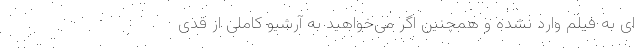
ای به فیلم وارد نشده و همچنین اگر می‌خواهید به آرشیو کاملی از قدی